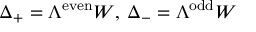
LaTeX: \Delta _ { + } = \Lambda ^ { \mathrm { e v e n } } W , \, \Delta _ { - } = \Lambda ^ { \mathrm { o d d } } W